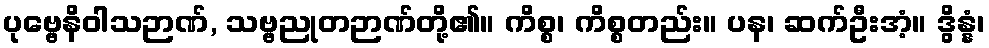
ပုဗ္ဗေနိဝါသဉာဏ်, သဗ္ဗညုတဉာဏ်တို့၏။ ကိစ္စ၊ ကိစ္စတည်း။ ပန၊ ဆက်ဦးအံ့။ ဒွိန္နံ၊